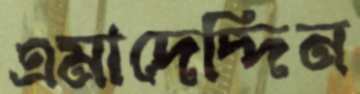
এমাদেদ্দিন